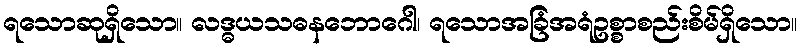
ရသောဆုရှိသော။ လဒ္ဓယသဓနဘောဂေါ၊ ရသောအခြံအရံဥစ္စာစည်းစိမ်ရှိသော။